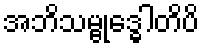
အဘိသမ္ဗုဒ္ဓေါတိပိ